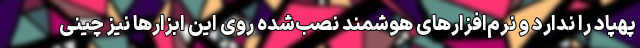
پهپاد را ندارد و نرم‌افزارهای هوشمند نصب‌شده روی این ابزارها نیز چینی